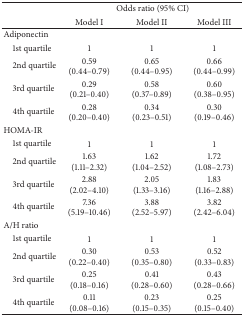
| <ROWSPAN=2>  | <COLSPAN=3> Odds ratio (95% CI) |
 | Model I | Model II | Model III |
 | --- | --- | --- | --- |
 | Adiponectin |  |  |  |
 | 1st quartile | 1 | 1 | 1 |
 | 2nd quartile | 0.59 (0.44–0.79) | 0.65 (0.44–0.95) | 0.66 (0.44–0.99) |
 | 3rd quartile | 0.29 (0.21–0.40) | 0.58 (0.37–0.89) | 0.60 (0.38–0.95) |
 | 4th quartile | 0.28 (0.20–0.40) | 0.34 (0.23–0.51) | 0.30 (0.19–0.46) |
 | HOMA-IR |  |  |  |
 | 1st quartile | 1 | 1 | 1 |
 | 2nd quartile | 1.63 (1.11–2.32) | 1.62 (1.04–2.52) | 1.72 (1.08–2.73) |
 | 3rd quartile | 2.88 (2.02–4.10) | 2.05 (1.33–3.16) | 1.83 (1.16–2.88) |
 | 4th quartile | 7.36 (5.19–10.46) | 3.88 (2.52–5.97) | 3.82 (2.42–6.04) |
 | A/H ratio |  |  |  |
 | 1st quartile | 1 | 1 | 1 |
 | 2nd quartile | 0.30 (0.22–0.40) | 0.53 (0.35–0.80) | 0.52 (0.33–0.83) |
 | 3rd quartile | 0.25 (0.18–0.16) | 0.41 (0.28–0.60) | 0.43 (0.28–0.66) |
 | 4th quartile | 0.11 (0.08–0.16) | 0.23 (0.15–0.35) | 0.25 (0.15–0.40) |